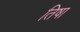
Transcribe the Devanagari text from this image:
तिषा